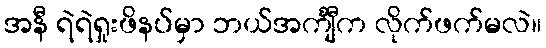
အနီ ရဲရဲရှုးဖိနပ်မှာ ဘယ်အင်္ကျီက လိုက်ဖက်မလဲ။